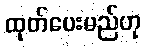
ထုတ်ပေးမည်ဟု